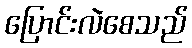
ပြောင်းလဲစေသည်